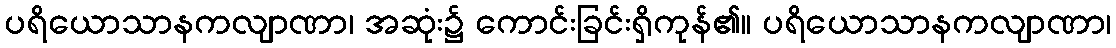
ပရိယောသာနကလျာဏာ၊ အဆုံး၌ ကောင်းခြင်းရှိကုန်၏။ ပရိယောသာနကလျာဏာ၊